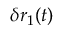
\delta r _ { 1 } ( t )